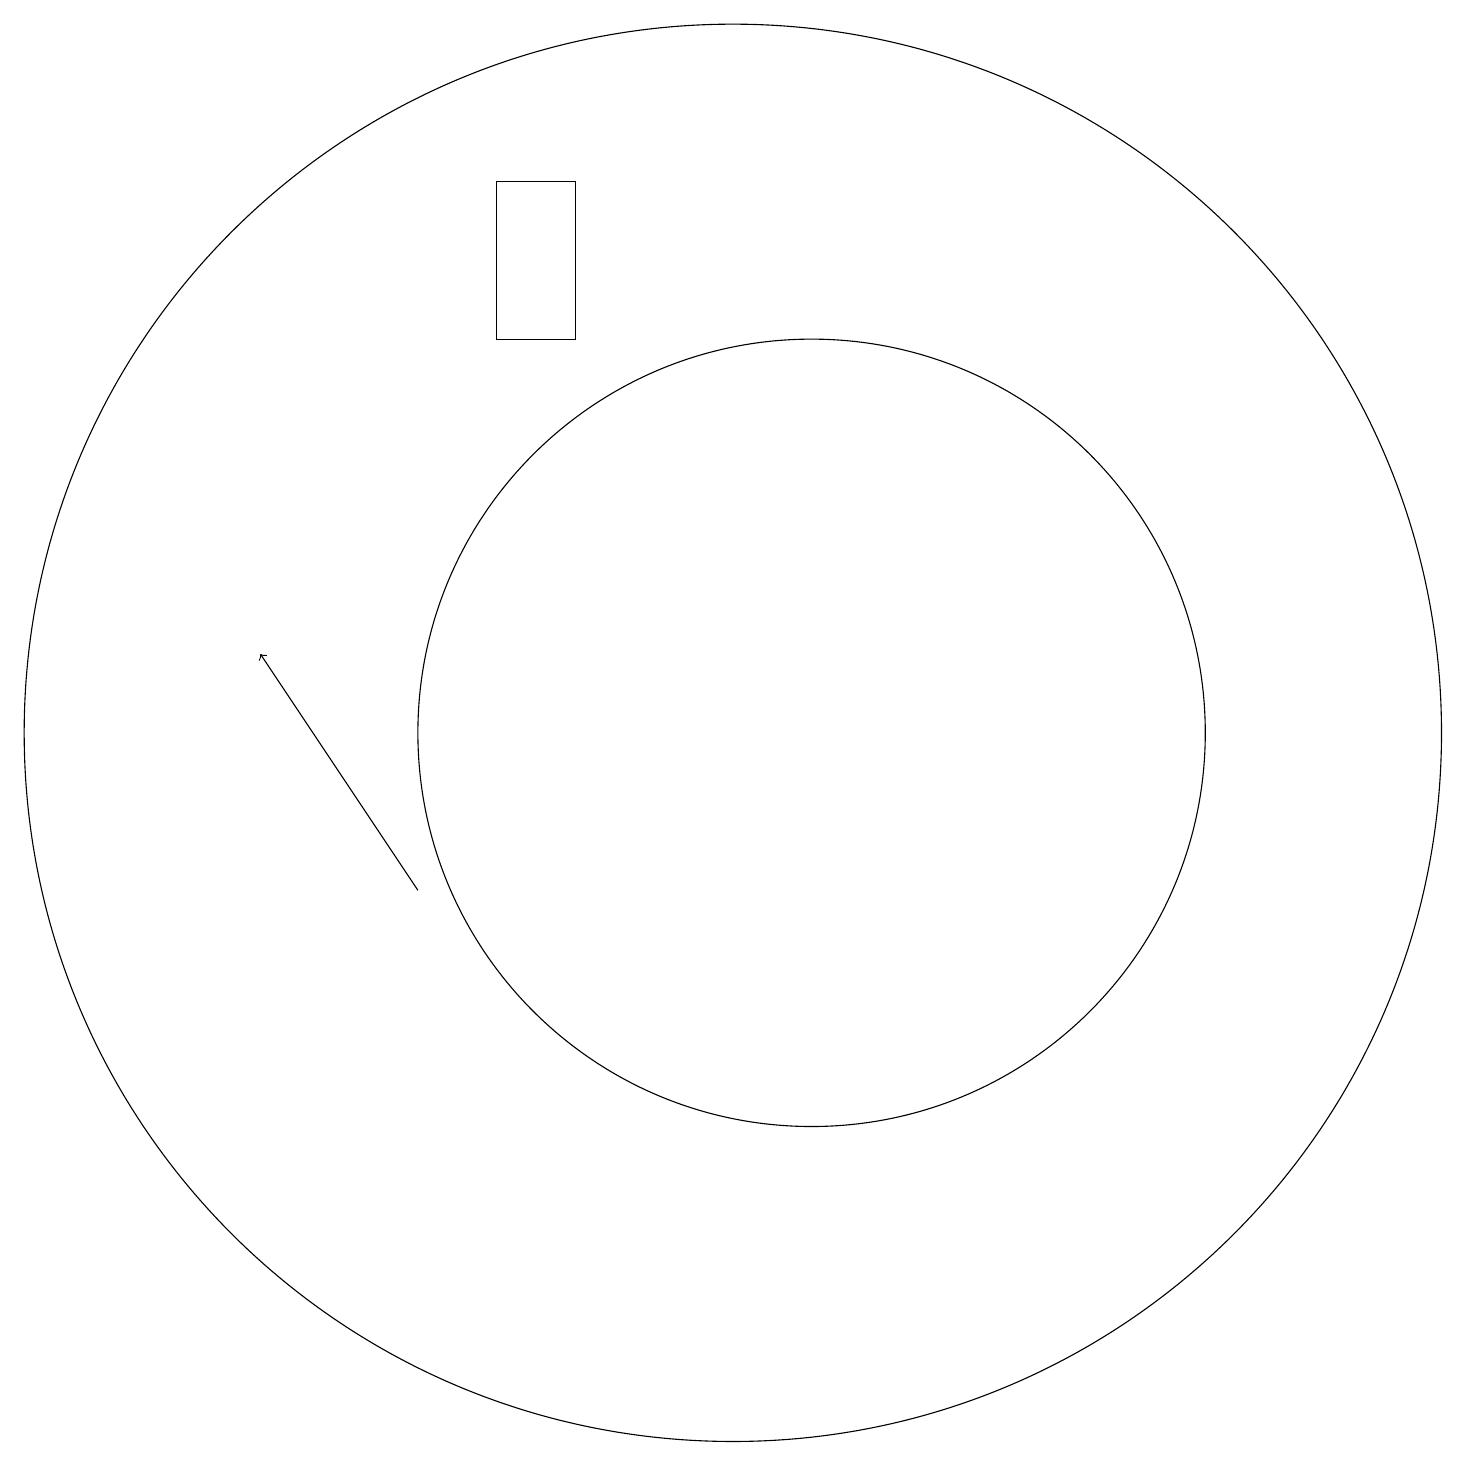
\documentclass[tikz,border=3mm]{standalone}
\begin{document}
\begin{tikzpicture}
\draw (11,12) circle (5);
\draw (7,19) rectangle (8,17);
\draw[->] (6,10) -- (4,13);
\draw (10,12) circle (9);
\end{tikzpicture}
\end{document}